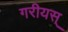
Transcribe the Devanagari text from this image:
गरीयस्‌